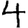
Digit: 4